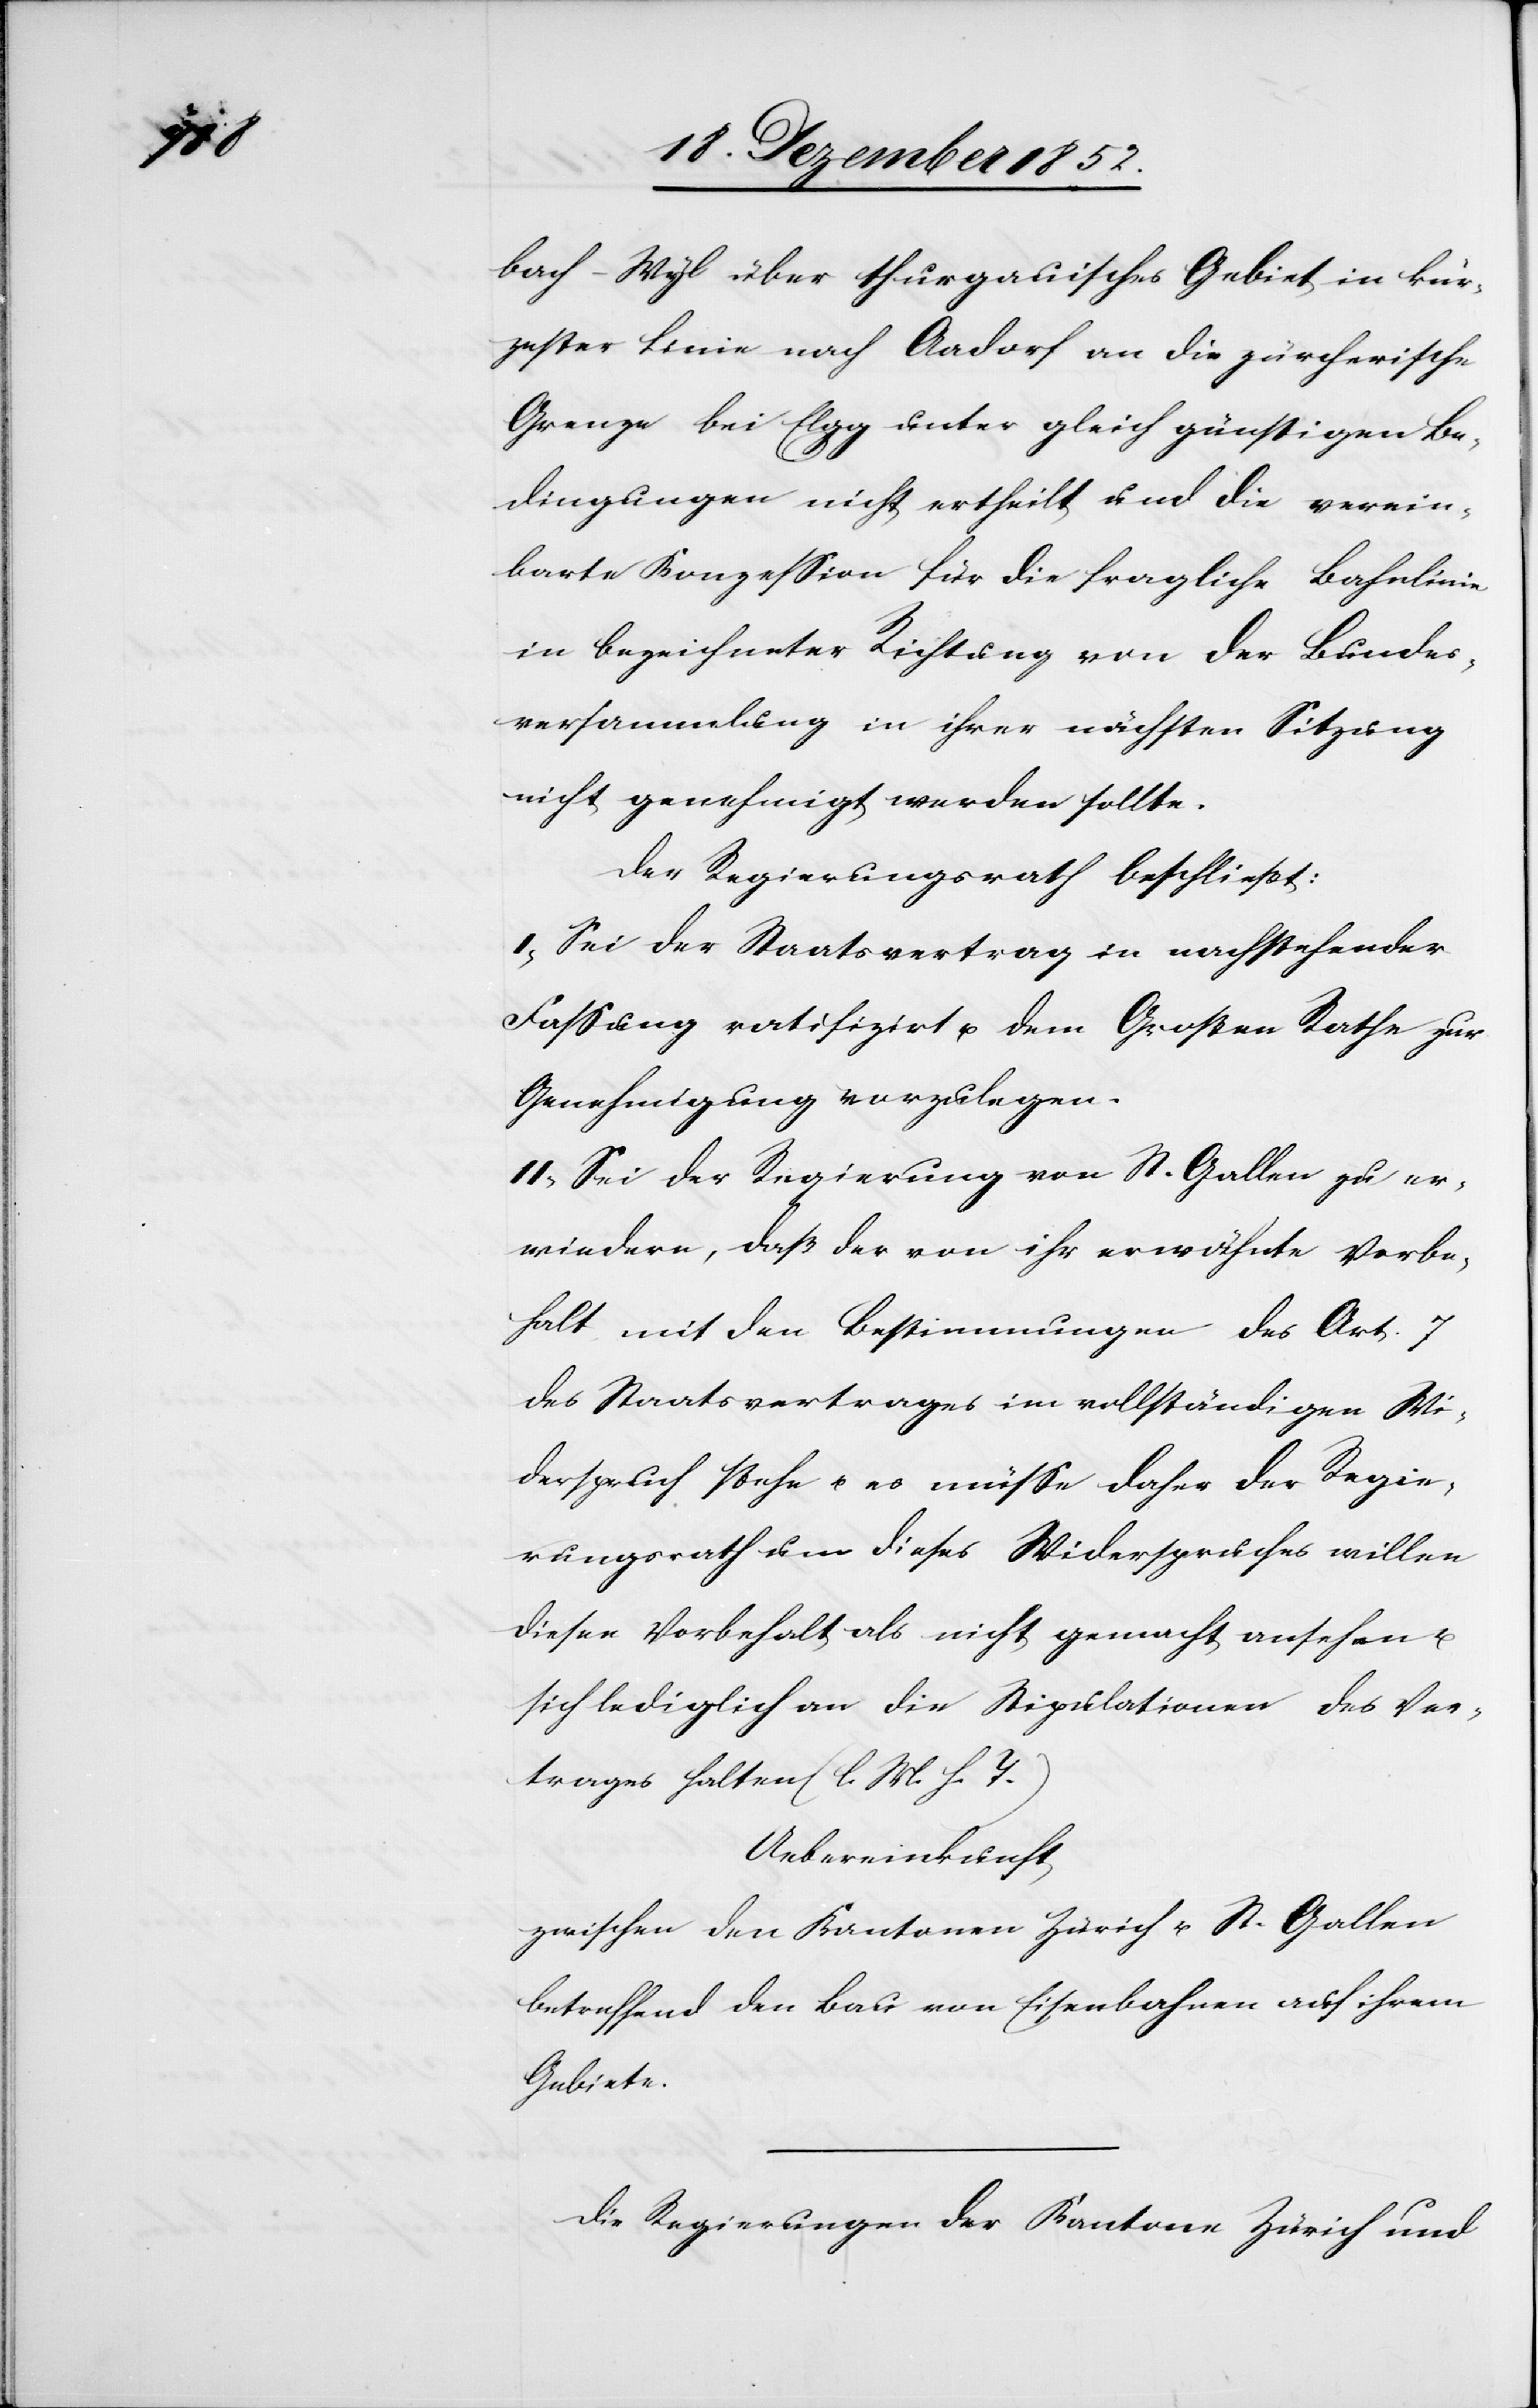
bach-Wyl über thurgauisches Gebiet in kür¬
zester Linie nach Aadorf an die zürcherische
Grenze bei Elgg unter gleich günstigen Be¬
dingungen nicht ertheilt und die verein¬
barte Konzession für die fragliche Bahnlinie
in bezeichneter Richtung von der Bundes¬
versammlung in ihrer nächsten Sitzung
nicht genehmigt werden sollte.
Der Regierungsrath beschließt:
I, Sei der Staatsvertrag in nachstehender
Fassung ratifizirt u. dem Großen Rathe zur
Genehmigung vorzulegen.
II, Sei der Regierung von St. Gallen zu er¬
wiedern, daß der von ihr erwähnte Vorbe¬
halt mit den Bestimmungen des Art. 7
des Staatsvertrages im vollständigen Wi¬
derspruch stehe u. es müsse daher der Regie¬
rungsrath um dieses Widerspruches willen
diesen Vorbehalt als nicht gemacht ansehen u.
sich lediglich an die Stipulationen des Ver¬
trages halten (l. M. h. T.)
Uebereinkunft
zwischen den Kantonen Zürich u. St. Gallen
betreffend den Bau von Eisenbahnen auf ihrem
________
Die Regierungen der Kantone Zürich und